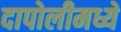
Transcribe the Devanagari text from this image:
दापोलीमध्ये